Civil Veterinary Department Bihar & Orissa reports 1922-29 - 1922-1929
Year: 1922
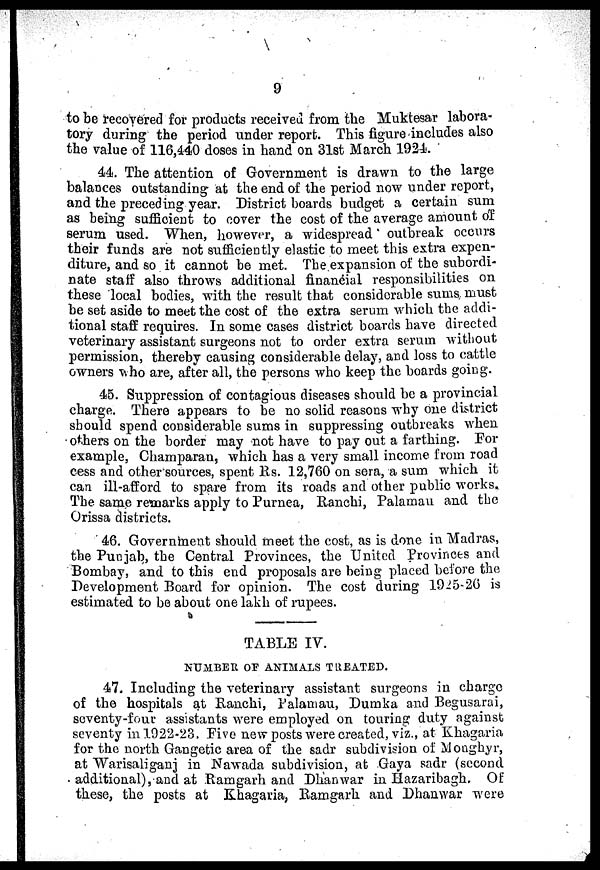
9
to be recovered for products received from the Muktesar labora-
tory during the period under report. This figure includes also
the value of 116,440 doses in hand on 31st March 1924.
44. The attention of Government is drawn to the large
balances outstanding at the end of the period now under report,
and the preceding year. District boards budget a certain sum
as being sufficient to cover the cost of the average amount of
serum used. When, however, a widespread outbreak occurs
their funds are not sufficiently elastic to meet this extra expen-
diture, and so it cannot be met. Tbe expansion of the subordi-
nate staff also throws additional financial responsibilities on
these local bodies, with the result that considerable sums must
be set aside to meet the cost of the extra serum which the addi-
tional staff requires. In some cases district boards have directed
veterinary assistant surgeons not to order extra serum without
permission, thereby causing considerable delay, and loss to cattle
owners who are, after all, the persons who keep the boards going.
45. Suppression of contagious diseases should be a provincial
charge. There appears to be no solid reasons why one district
should spend considerable sums in suppressing outbreaks when
others on the border may not have to pay out a farthing. For
example, Champaran, which has a very small income from road
cess and other sources, spent Rs. 12,760 on sera, a sum which it
can ill-afford to spare from its roads and other public works.
The same remarks apply to Purnea, Ranchi, Palamau and the
Orissa districts.
46. Government should meet the cost, as is done in Madras,
the Punjab, the Central Provinces, the United Provinces and
Bombay, and to this end proposals are being placed before the
Development Board for opinion. The cost during 1925-20 is
estimated to be about one lakh of rupees.
TABLE IV.
NUMBER OF ANIMALS TREATED.
47. Including the veterinary assistant surgeons in charge
of the hospitals at Ranchi, Palamau, Dumka and Begusarai,
seventy-four assistants were employed on touring duty against
seventy in 1922-23. Five new posts were created, viz., at Khagaria
for the north Gangetic area of the sadr subdivision of Monghyr,
at Warisaliganj in Nawada subdivision, at Gaya sadr (second
additional), and at Ramgarh and Dhanwar in Hazaribagh. Of
these, the posts at Khagaria, Ramgarh and Dhanwar were